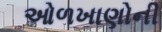
ઓળખાણોની